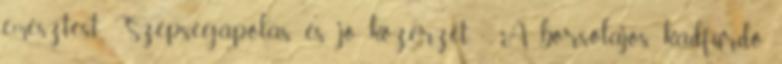
emésztést. Szépségápolás és jó közérzet - A borsolajos kádfürdő